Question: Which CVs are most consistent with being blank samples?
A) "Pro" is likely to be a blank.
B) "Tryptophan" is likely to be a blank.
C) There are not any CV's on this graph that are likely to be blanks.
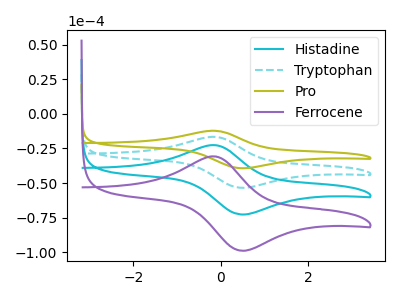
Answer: <think>The cyan curve "Histadine" has an anodic peak at (-0.15V, -33.20uA) and a cathodic peak at (0.50V, -106.85uA). The cyan dashed curve "Tryptophan" has an anodic peak at (-0.15V, -16.60uA) and a cathodic peak at (0.50V, -53.45uA). The olive curve "Pro" has an anodic peak at (-0.15V, -12.20uA) and a cathodic peak at (0.50V, -39.30uA). The purple curve "Ferrocene" has an anodic peak at (-0.15V, -49.85uA) and a cathodic peak at (0.50V, -160.30uA).</think>
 <answer>C) There are not any CV's on this graph that are likely to be blanks.</answer>
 <eval>C</eval>